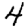
Digit: 4